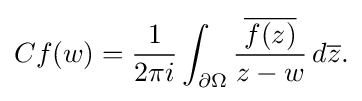
\displaystyle {Cf(w)={1 \over 2\pi i}\int _{\partial \Omega }{{\overline {f(z)}} \over z-w}\,d{\overline {z}}.}